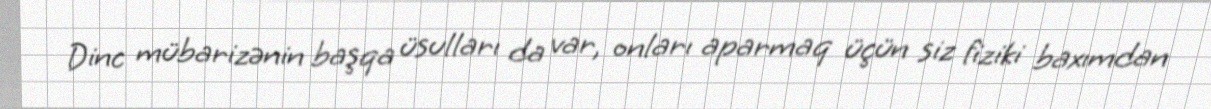
Dinc mübarizənin başqa üsulları da var, onları aparmaq üçün siz fiziki baxımdan